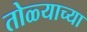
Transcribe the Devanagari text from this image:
तोळ्याच्या